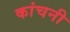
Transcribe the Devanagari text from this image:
कांचनी